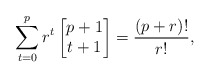
\begin{align*}\sum_{t=0}^{p} r^t \begin{bmatrix} p+1 \\ t+1 \end{bmatrix} = \frac{(p+r)!}{r!},\end{align*}